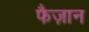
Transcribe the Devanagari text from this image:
फैज़ान